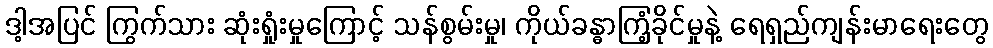
ဒါ့အပြင် ကြွက်သား ဆုံးရှုံးမှုကြောင့် သန်စွမ်းမှု၊ ကိုယ်ခန္ဓာကြံ့ခိုင်မှုနဲ့ ရေရှည်ကျန်းမာရေးတွေ